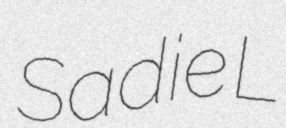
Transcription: Sadie L